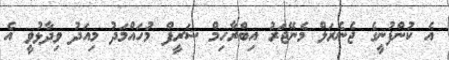
އެ ކުންފުނީގެ ޖެނެރަލް މެނޭޖަރު އިބްރާހިމް ޝަރީފް މުހައްމަދު މިއަދު ވިދާޅުވީ އެ